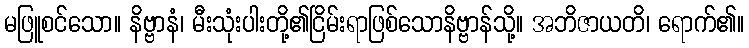
မဖြူစင်သော။ နိဗ္ဗာနံ၊ မီးသုံးပါးတို့၏ငြိမ်းရာဖြစ်သောနိဗ္ဗာန်သို့။ အဘိဇာယတိ၊ ရောက်၏။